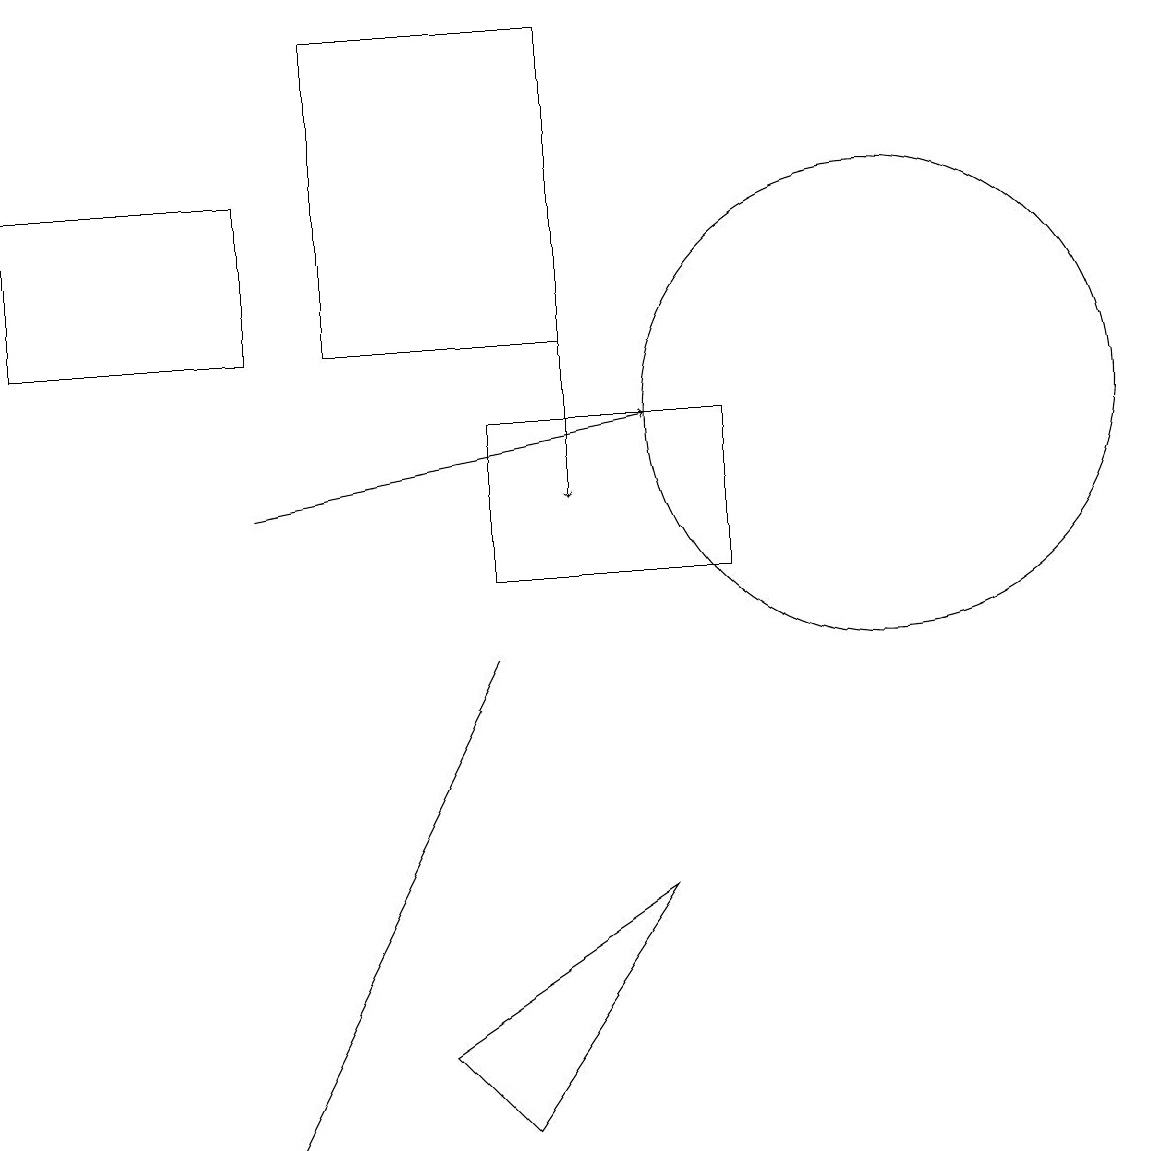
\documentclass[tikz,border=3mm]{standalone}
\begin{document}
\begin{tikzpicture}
\draw (8,6) -- (5,4) -- (6,3) -- cycle;
\draw[->] (3,11) -- (8,12);
\draw (4,5) -- (6,9) -- (3,3) -- cycle;
\draw (6,10) rectangle (9,12);
\draw[->] (7,16) -- (7,11);
\draw (0,13) rectangle (3,15);
\draw (11,12) circle (3);
\draw (7,13) rectangle (4,17);
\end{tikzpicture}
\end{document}